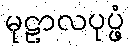
မုဠာလပုပ္ဖံ